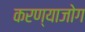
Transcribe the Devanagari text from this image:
करण्याजोग